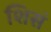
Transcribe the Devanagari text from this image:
शिसं